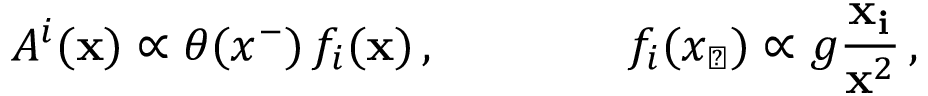
A ^ { i } ( { \bf x } ) \propto \theta ( x ^ { - } ) \, f _ { i } ( { \bf x } ) \, , \qquad \qquad f _ { i } ( x _ { \perp } ) \propto g { \frac { \bf x _ { i } } { { \bf x } ^ { 2 } } } \, ,